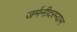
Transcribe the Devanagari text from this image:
जर्मनीदरम्यान